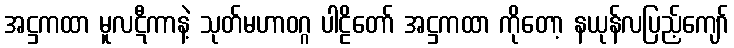
အဋ္ဌကထာ မူလဋီကာနဲ့ သုတ်မဟာဝဂ္ဂ ပါဠိတော် အဋ္ဌကထာ ကိုတော့ နယုန်လပြည့်ကျော်